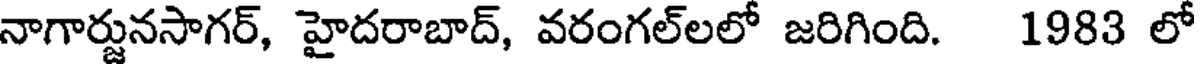
నాగార్జునసాగర్, హైదరాబాద్, వరంగల్లలో జరిగింది. 1983 లో